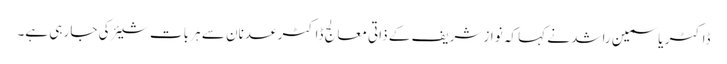
ڈاکٹر یاسمین راشد نے کہا کہ نواز شریف کے ذاتی معالج ڈاکٹر عدنان سے ہر بات شیئر کی جا رہی ہے۔